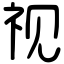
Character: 视